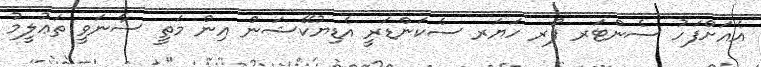
އެއަށްފަހު ސެންޓަރ ފޯރ ހަޔަރ ސެކަންޑަރީ އެޑިޔުކޭޝަން އިން މަތީ ސާނަވީ ތަޢުލީމު